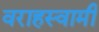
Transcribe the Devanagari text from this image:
वराहस्‍वामी